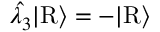
\hat { \lambda _ { 3 } } | \mathrm { R } \rangle = - | \mathrm { R } \rangle